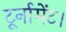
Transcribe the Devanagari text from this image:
टूर्नामेंट।